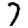
Digit: 7